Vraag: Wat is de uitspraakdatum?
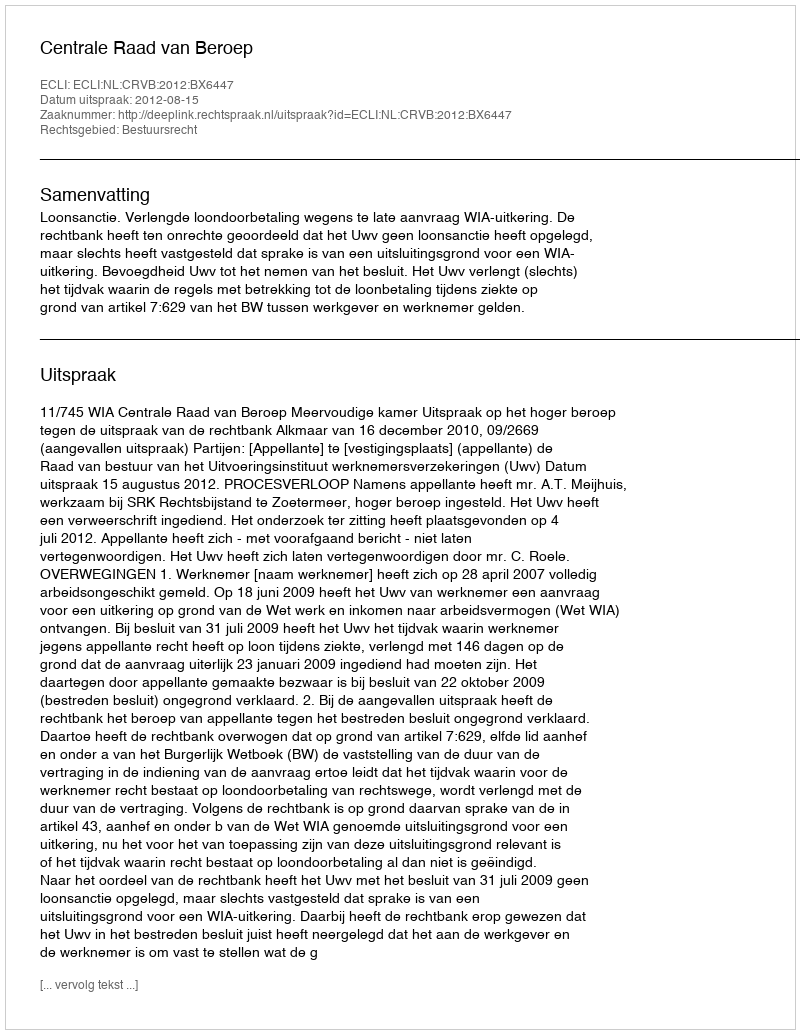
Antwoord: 2012-08-15